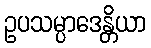
ဥပသမ္ပာဒေန္တိယာ